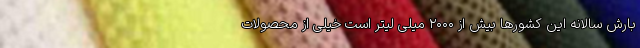
بارش سالانه این کشورها بیش از ۲۰۰۰ میلی لیتر است خیلی از محصولات